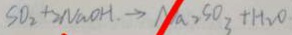
S O _ { 2 } + 2 N a O H . \rightarrow N a _ { 2 } S O _ { 3 } + H _ { 2 } O